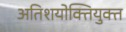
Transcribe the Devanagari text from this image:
अतिशयोक्‍तियुक्‍त